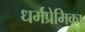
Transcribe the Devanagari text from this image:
धर्मप्रेमिका